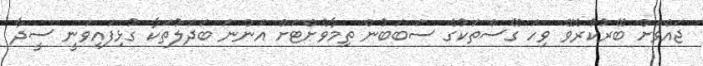
ޖައްވަށް ބޭރުކުރެވޭ ވިހަ ގޭސްތަކުގެ ސަބަބުން ތިމާވެށްޓަށް އަންނަ ބަދަލުތަކާ ގުޅިފައިވަނީ ސީދާ